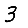
Digit: 3